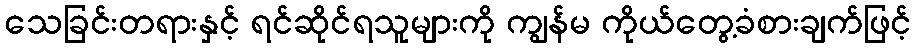
သေခြင်းတရားနှင့် ရင်ဆိုင်ရသူများကို ကျွန်မ ကိုယ်တွေ့ခံစားချက်ဖြင့်